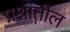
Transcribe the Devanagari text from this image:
प्रश्नांतील